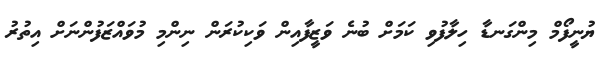
ޔުނީފޯމް މިންގަނޑާ ހިލާފުވި ކަަމަށް ބުނެ ވަޒީފާއިން ވަކިކުރަން ނިންމި މުވައްޒަފުންނަށް އިތުރު